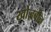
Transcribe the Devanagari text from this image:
खोज़बीन